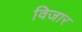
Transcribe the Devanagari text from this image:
विजार